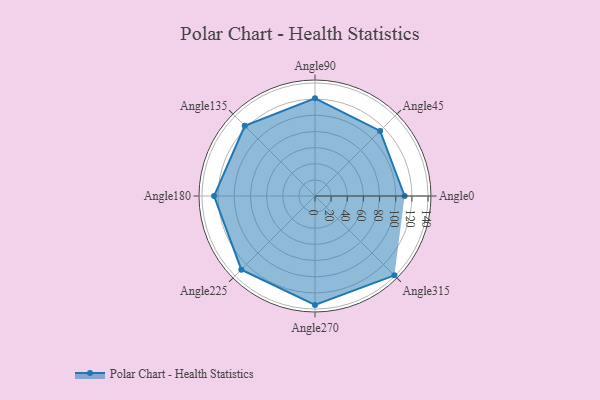
{"axis": {"x": "Angle", "y": "Radius"}, "legend": [""], "data": [{"x": "Angle0", "y": 111.0, "type": ""}, {"x": "Angle45", "y": 114.0, "type": ""}, {"x": "Angle90", "y": 121.0, "type": ""}, {"x": "Angle135", "y": 123.0, "type": ""}, {"x": "Angle180", "y": 125.0, "type": ""}, {"x": "Angle225", "y": 129.0, "type": ""}, {"x": "Angle270", "y": 135.0, "type": ""}, {"x": "Angle315", "y": 139.0, "type": ""}]}